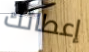
إعطائك